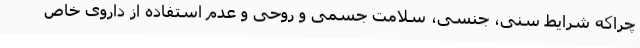
چراکه شرایط سنی، جنسی، سلامت جسمی و روحی و عدم استفاده از داروی خاص